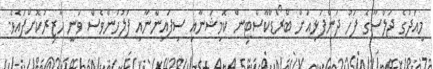
މިއަދުގެ ޖަލްސާގެ ފަހު ދަންފަޅިއަށް ބްރޯޑްކާސްޓިން ކޮމިޝަނާއި ސިފައިންނާއި ފުލުހުންވެސް ވަނީ ހާޒިރުކޮށްފައެވެ.